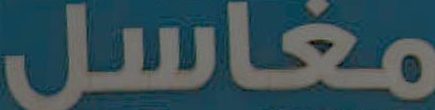
مغاسل